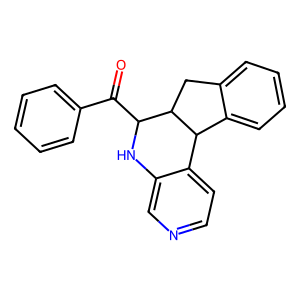
SMILES: O=C(c1ccccc1)C1Nc2cnccc2C2c3ccccc3CC12
Inhibits HIV replication: No